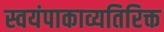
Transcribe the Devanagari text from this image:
स्वयंपाकाव्यतिरिक्त